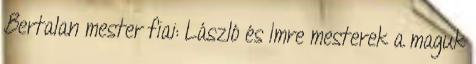
Bertalan mester fiai: László és Imre mesterek a maguk